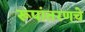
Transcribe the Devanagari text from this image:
रूपांतरणचे